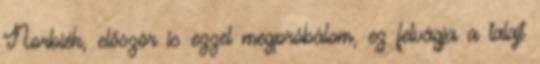
Norbiék, először is ezzel megpróbálom, ez felvágja a talajt